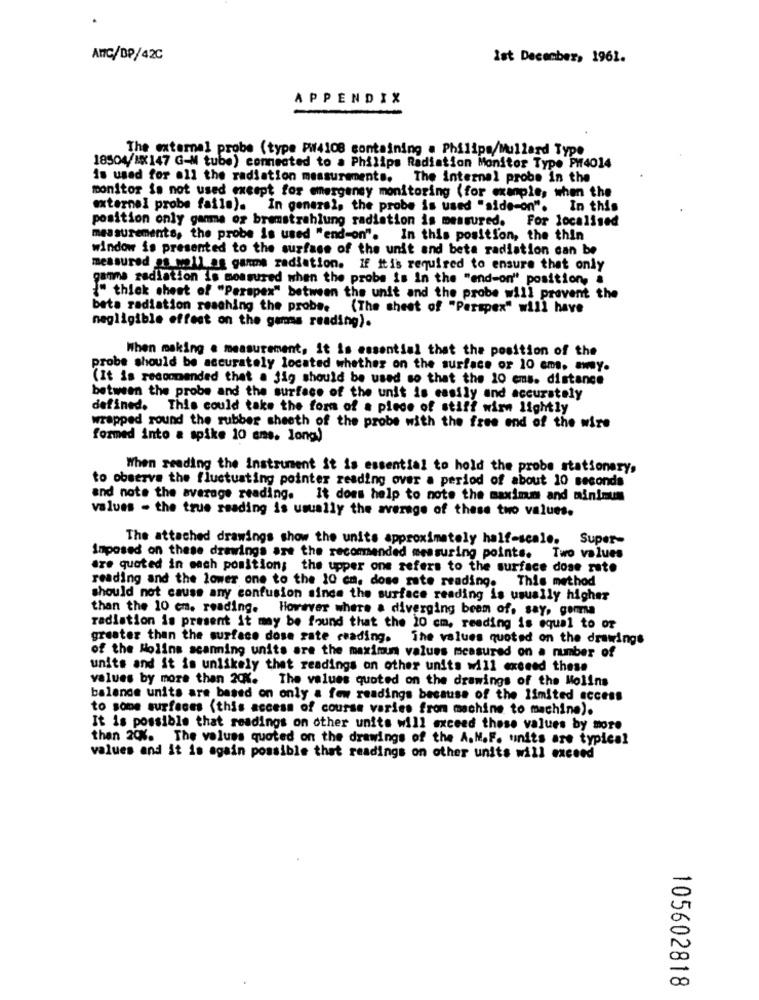
ANC/DP/42C
Ist December, 1961.
APPENDIX
The external probe (type Pi4108 containing a Philips/Millard Type
18504/10147 G-M tube) connected to a Philips Radiation Monitor Type PW4014
is used for all the radiation measurements. The internal probe in the
monitor is not used except for emergency monitoring (for example, when the
external probe faile). In general, the probe is used "side-on". In this
position only ganma of bramstrahlung radiation is measured. For localised
measurements, the probe is used "end-on". In this position, the thin
window is presented to the surface of the unit and beta radiation can be
measured as w211 ag gamma radiation. If itis required to ensure that only
gamma radiation is measured when the probe is In the "end-on" position, a
{" thick sheet of "Perspex" between the unit and the probe will prevent the
bata radiation reaching the probe. (The sheet of "Perspex" will have
negligible effect on the gamma reading).
When making a measurement, It is essential that the position of the
probe should be accurately located whether on the surface or 10 cms. away.
(It is recommended that a jig should be used so that the 10 cms. distance
between the probe and the surface of the unit is easily and accurately
defined. This could take the form of a piece of stiff wirw lightly
wrapped round the rubber sheeth of the probe with the free end of the wire
formed into a spike 10 ans. long)
When reading the instrument it is essential to hold the probe stationery,
to observe the fluctuating pointer reading over a period of about 10 seconds
and note the average reading. It does help to note the maximm and minimum
values - the true reading is usually the average of these two values.
The attached drawings show the units approximately half-scale. Super-
Imposed on these drawings are the recommended measuring points. Two values
are quoted in each position; the upper one refers to the surface dose rate
reading and the lower one to the 10 cm. dose rate reading. This method
should not cause any confusion since the surface reading is usually higher
than the 10 cm. reading. However where a diverging beem of, say, gomma
radiation is present it may be found that the 20 cm, reading is equal to or
greater than the surface dose rate reading. The values quoted on the drawings
of the Molins scanning units are the maximum values measured on a number of
units and it is unlikely that readings on other units will exceed these
values by more than 20%. The values quoted on the drawings of the Molins
balance units are based on only a few readings because of the limited access
to some surfaces (this access of course varies from machine to machine).
It is possible that readings on other units will exceed those values by more
then 20%. The values quoted on the drawings of the A.M.F. units are typical
values and it is again possible that readings on other units will exceed
105602818